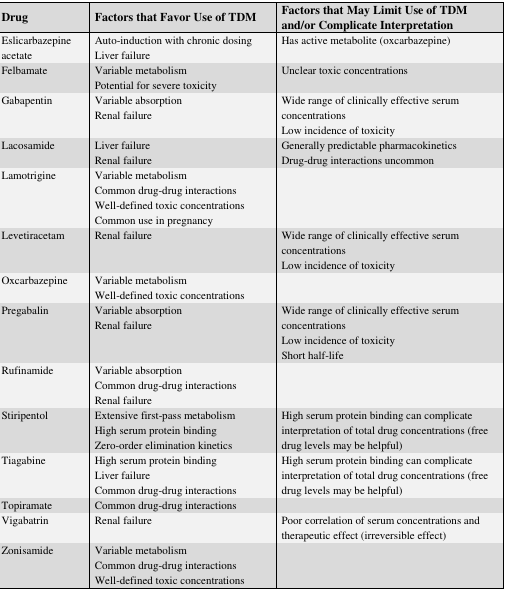
<table><thead><tr><td><b>Drug</b></td><td><b>Factors that Favor Use of TDM</b></td><td><b>Factors that May Limit Use of TDM and/or Complicate Interpretation</b></td></tr></thead><tbody><tr><td rowspan="2">Eslicarbazepine acetate</td><td>Auto-induction with chronic dosing</td><td rowspan="2">Has active metabolite (oxcarbazepine)</td></tr><tr><td>Liver failure</td></tr><tr><td rowspan="2">Felbamate</td><td>Variable metabolism</td><td rowspan="2">Unclear toxic concentrations</td></tr><tr><td>Potential for severe toxicity</td></tr><tr><td rowspan="3">Gabapentin</td><td>Variable absorption</td><td rowspan="2">Wide range of clinically effective serum concentrations </td></tr><tr><td rowspan="2">Renal failure</td></tr><tr><td>Low incidence of toxicity</td></tr><tr><td rowspan="2">Lacosamide</td><td>Liver failure</td><td rowspan="2">Generally predictable pharmacokinetics Drug-drug interactions uncommon</td></tr><tr><td>Renal failure</td></tr><tr><td rowspan="4">Lamotrigine</td><td>Variable metabolism</td><td rowspan="4"></td></tr><tr><td>Common drug-drug interactions</td></tr><tr><td>Well-defined toxic concentrations</td></tr><tr><td>Common use in pregnancy</td></tr><tr><td rowspan="2">Levetiracetam</td><td rowspan="2">Renal failure</td><td>Wide range of clinically effective serum concentrations </td></tr><tr><td>Low incidence of toxicity</td></tr><tr><td rowspan="2">Oxcarbazepine</td><td>Variable metabolism</td><td rowspan="2"></td></tr><tr><td>Well-defined toxic concentrations</td></tr><tr><td rowspan="3">Pregabalin</td><td>Variable absorption</td><td rowspan="2">Wide range of clinically effective serum concentrations</td></tr><tr><td rowspan="2">Renal failure</td></tr><tr><td>Low incidence of toxicityShort half-life</td></tr><tr><td rowspan="2">Rufinamide</td><td>Variable absorption</td><td rowspan="2"></td></tr><tr><td>Common drug-drug interactions Renal failure</td></tr><tr><td rowspan="2">Stiripentol</td><td>Extensive first-pass metabolism High serum protein binding</td><td rowspan="2">High serum protein binding can complicate interpretation of total drug concentrations (free drug levels may be helpful)</td></tr><tr><td>Zero-order elimination kinetics </td></tr><tr><td rowspan="2">Tiagabine</td><td>High serum protein bindingLiver failure</td><td rowspan="2">High serum protein binding can complicate interpretation of total drug concentrations (free drug levels may be helpful)</td></tr><tr><td>Common drug-drug interactions</td></tr><tr><td>Topiramate</td><td>Common drug-drug interactions</td><td></td></tr><tr><td>Vigabatrin</td><td>Renal failure</td><td>Poor correlation of serum concentrations and therapeutic effect (irreversible effect)</td></tr><tr><td rowspan="3">Zonisamide</td><td>Variable metabolism</td><td rowspan="3"></td></tr><tr><td>Common drug-drug interactions</td></tr><tr><td>Well-defined toxic concentrations</td></tr></tbody></table>